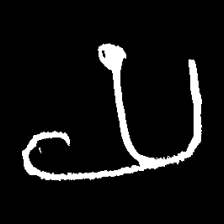
Pyu character \u2014 Myanmar letter: ယ (romanized: ya)